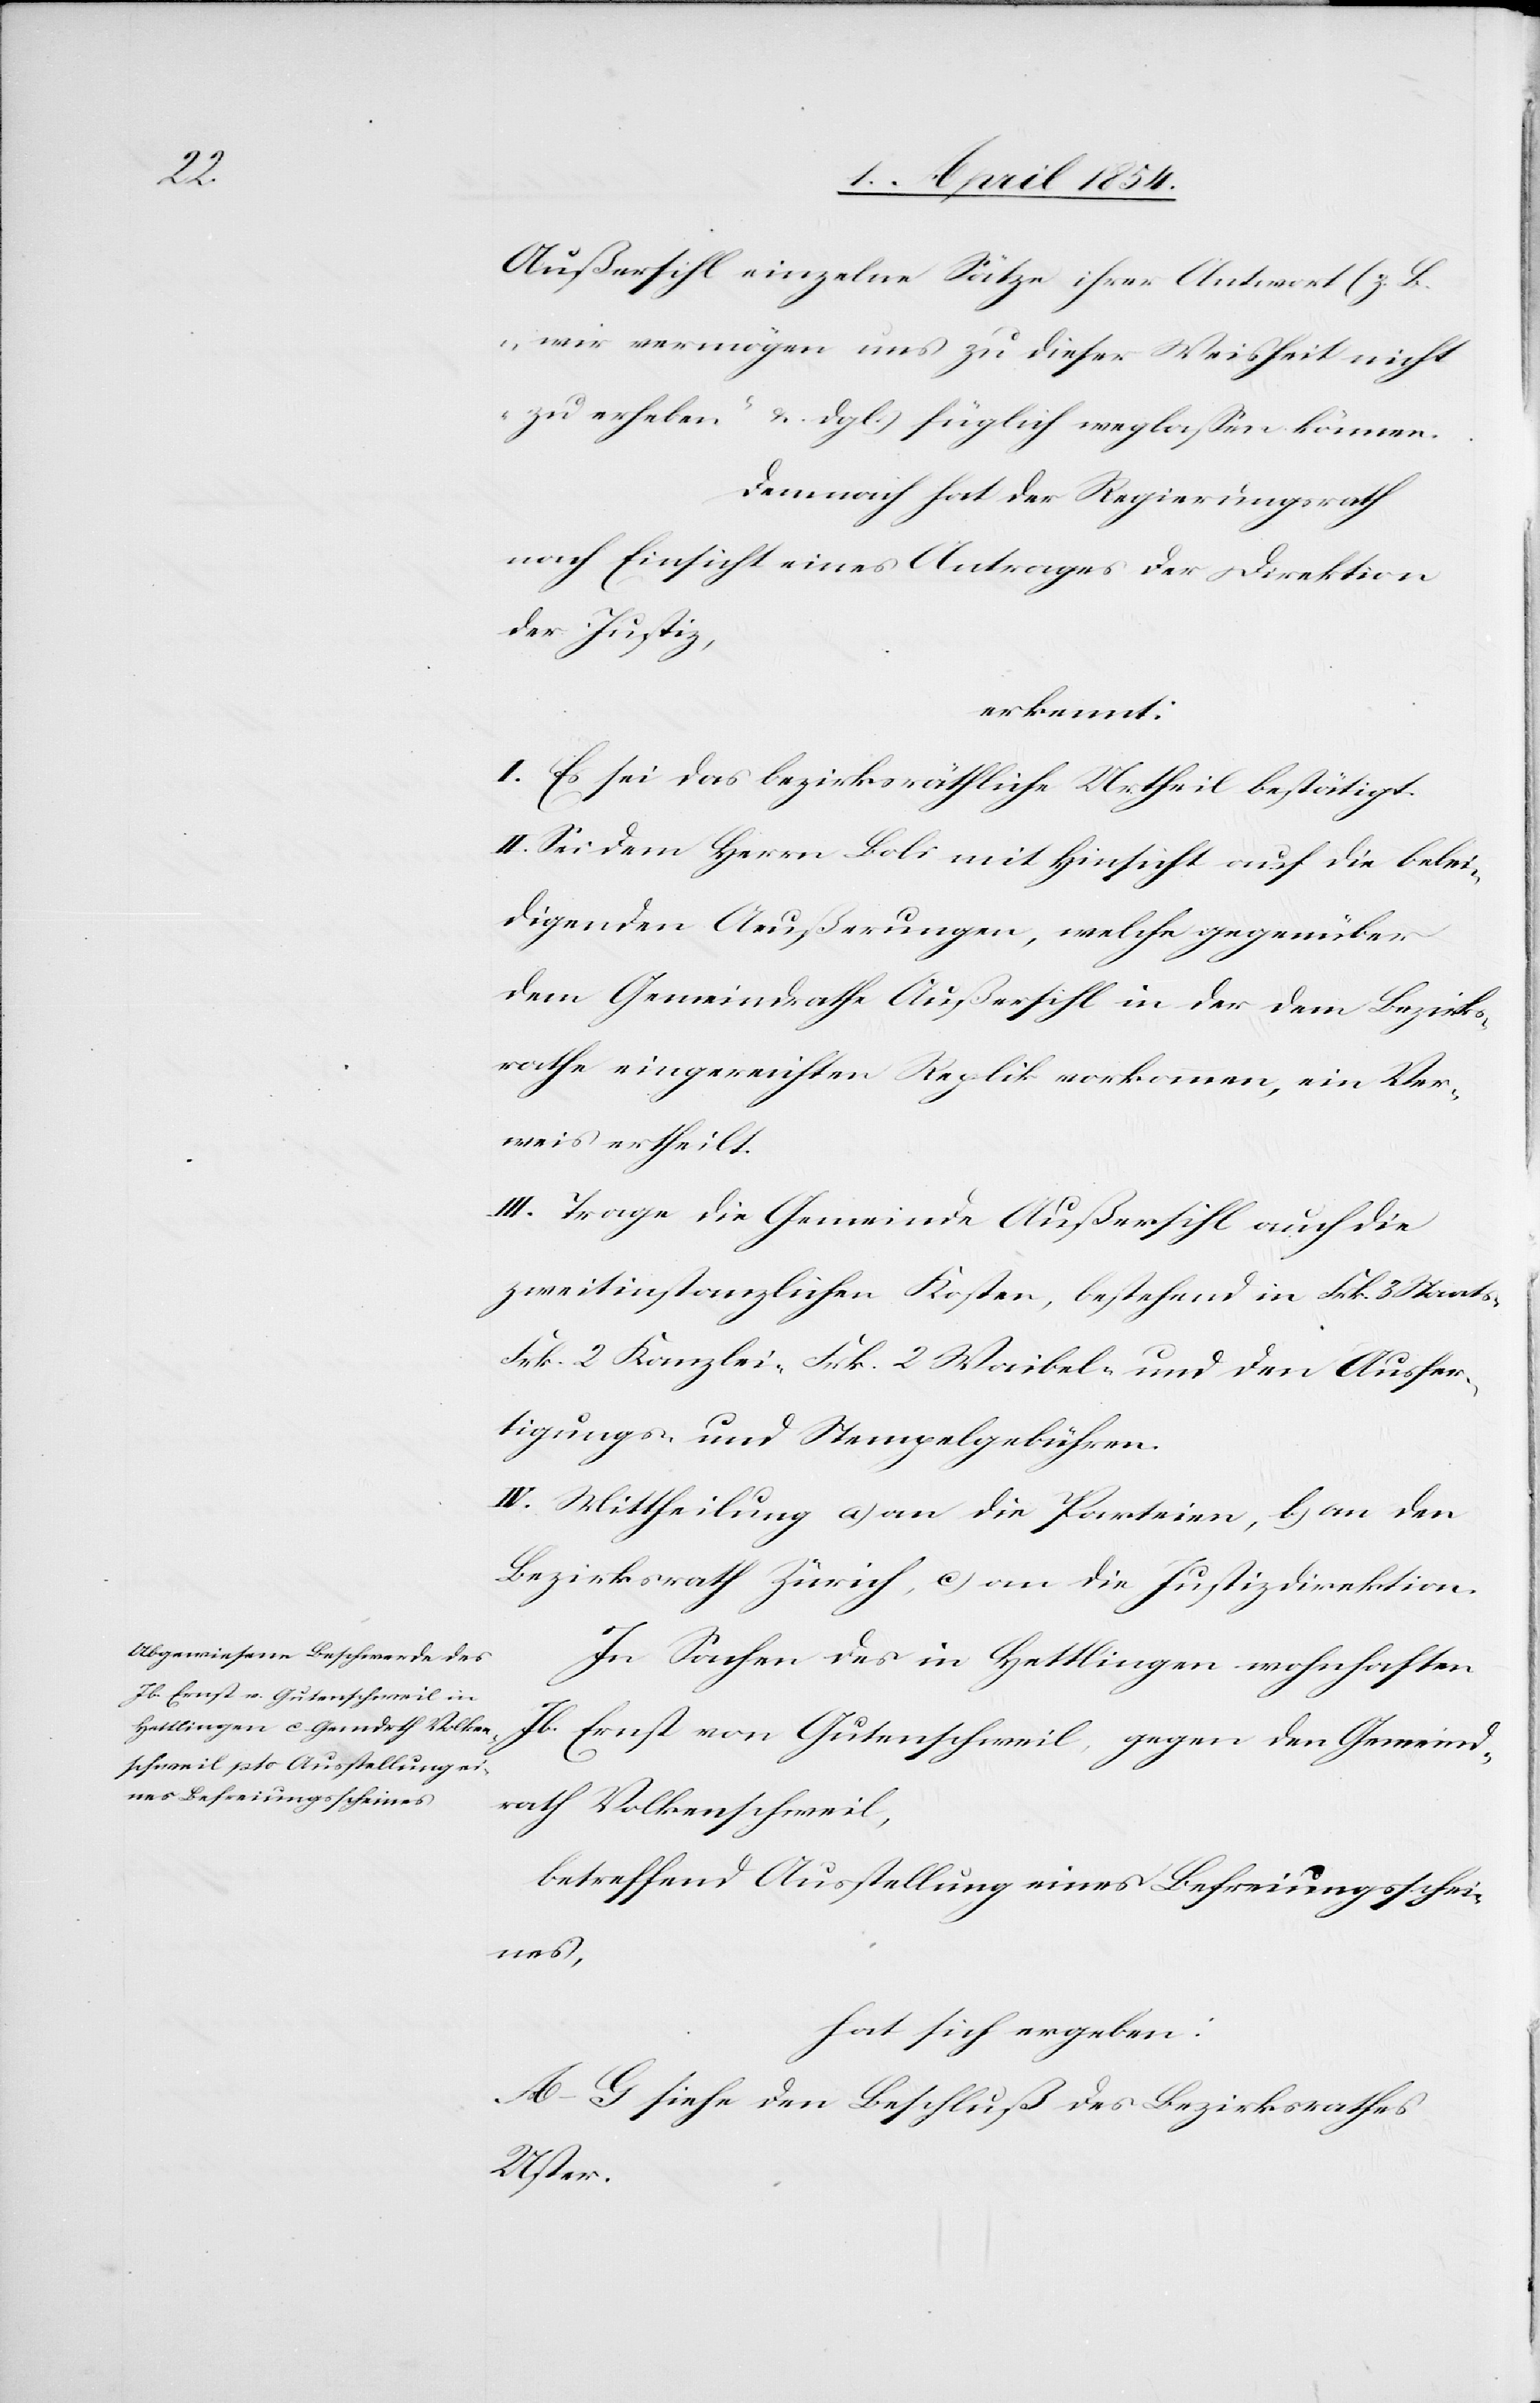
Außersihl einzelne Sätze ihrer Antwort (z. B.
„wir vermögen uns zu dieser Weisheit nicht
zu erheben“ u. dgl.) füglich weglaßen können.
Demnach hat der Regierungsrath
nach Einsicht eines Antrages der Direktion
der Justiz,
erkennt:
I. Es sei das bezirksräthliche Urtheil bestätigt.
II. Sei dem Herrn Boli mit Hinsicht auf die belei¬
digenden Aeußerungen, welche gegenüber
dem Gemeindrathe Außersihl in der dem Bezirks¬
rathe eingereichten Replik vorkommen, ein Ver¬
weis ertheilt.
III. Trage die Gemeinde Außersihl auch die
zweitinstanzlichen Kosten, bestehend in Frk. 3 Staat¬
Frk. 2 Kanzlei-[,] Frk. 2 Waibel und den Ausfer¬
tigungs- und Stempelgebühren.
IV. Mittheilung a) an die Parteien, b) an den
Bezirksrath Zürich, c) an die Justizdirektion.
In Sachen des in Hesslingen wohnhaften
Jb. Ernst von Gutenschweil, gegen den Gemeind¬
rath Volkenschweil,
betreffend Ausstellung eines Befreiungsschei¬
nes,
hat sich ergeben:
A–G siehe den Beschluß des Bezirksrathes
Uster.